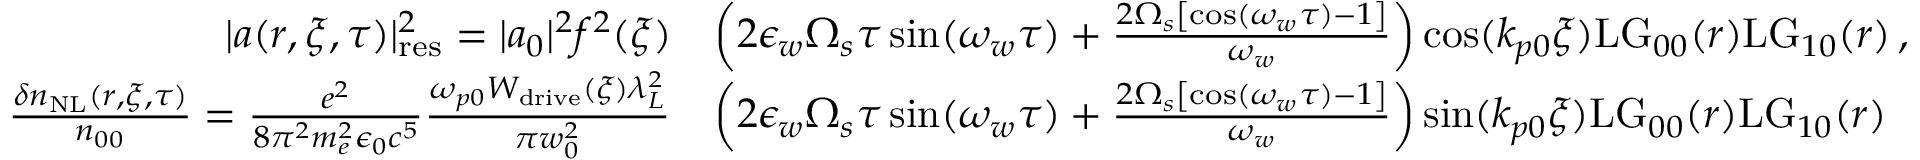
\begin{array} { r l } { | a ( r , \xi , \tau ) | _ { \mathrm { r e s } } ^ { 2 } = | a _ { 0 } | ^ { 2 } f ^ { 2 } ( \xi ) } & { \left( 2 \epsilon _ { w } \Omega _ { s } \tau \sin ( \omega _ { w } \tau ) + \frac { 2 \Omega _ { s } \left[ \cos ( \omega _ { w } \tau ) - 1 \right] } { \omega _ { w } } \right) \cos ( k _ { p 0 } \xi ) \mathrm { L G } _ { 0 0 } ( r ) \mathrm { L G } _ { 1 0 } ( r ) \, , } \\ { \frac { \delta n _ { \mathrm { N L } } ( r , \xi , \tau ) } { n _ { 0 0 } } = \frac { e ^ { 2 } } { 8 \pi ^ { 2 } m _ { e } ^ { 2 } \epsilon _ { 0 } c ^ { 5 } } \frac { \omega _ { p 0 } W _ { \mathrm { d r i v e } } ( \xi ) \lambda _ { L } ^ { 2 } } { \pi w _ { 0 } ^ { 2 } } } & { \left( 2 \epsilon _ { w } \Omega _ { s } \tau \sin ( \omega _ { w } \tau ) + \frac { 2 \Omega _ { s } \left[ \cos ( \omega _ { w } \tau ) - 1 \right] } { \omega _ { w } } \right) \sin ( k _ { p 0 } \xi ) \mathrm { L G } _ { 0 0 } ( r ) \mathrm { L G } _ { 1 0 } ( r ) } \end{array}